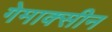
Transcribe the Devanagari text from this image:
गेमाक्सीन